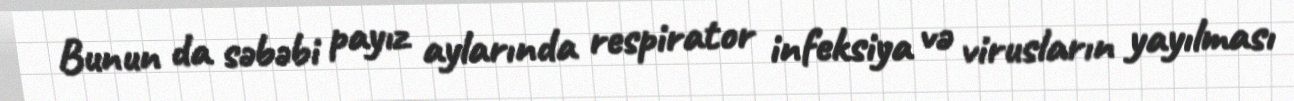
Bunun da səbəbi payız aylarında respirator infeksiya və virusların yayılması